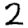
Digit: 2